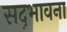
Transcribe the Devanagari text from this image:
सद़भावना